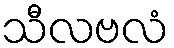
သီလဗလံ